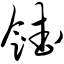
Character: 馇